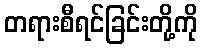
တရားစီရင်ခြင်းတို့ကို